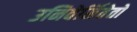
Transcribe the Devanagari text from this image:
उनिवेर्सितेतो